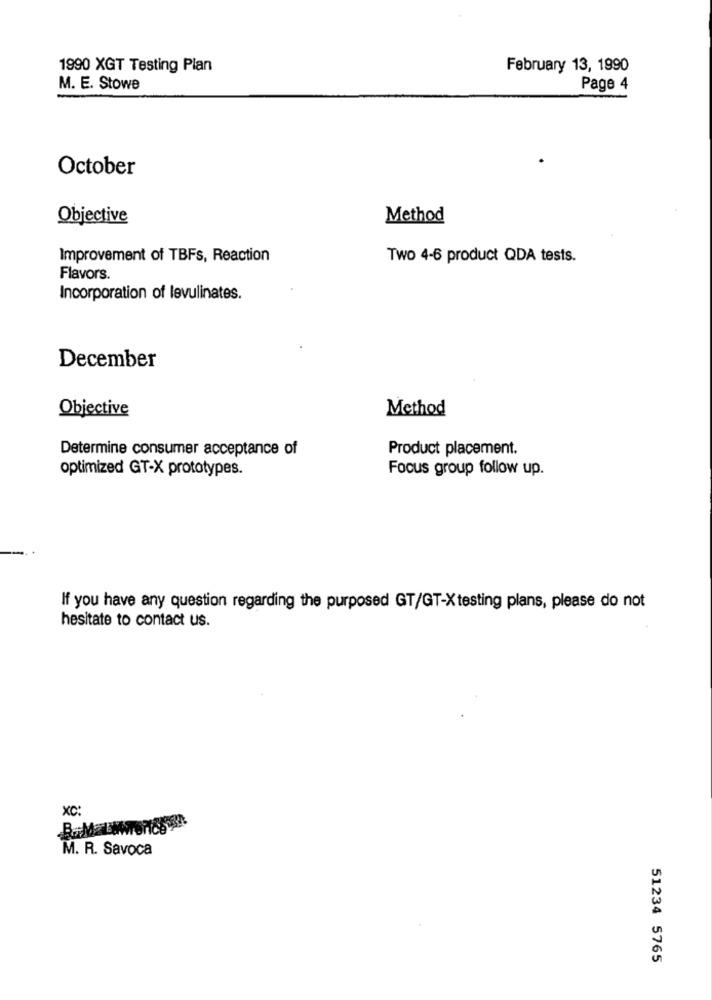
1990 XGT Testing Plan
February 13, 1990
M. E. Stowe
Page 4
October
Objective
Method
Improvement of TBFs, Reaction
Two 4-6 product QDA tests.
Flavors.
Incorporation of levulinates.
December
Objective
Method
Determine consumer acceptance of
Product placement.
optimized GT-X prototypes.
Focus group follow up.
If you have any question regarding the purposed GT/GT-X testing plans, please do not
hesitate to contact us.
xc:
M. R. Savoca
51234 5765